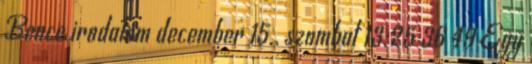
Bence irodalom december 15., szombat 13:25 36 49 Egy